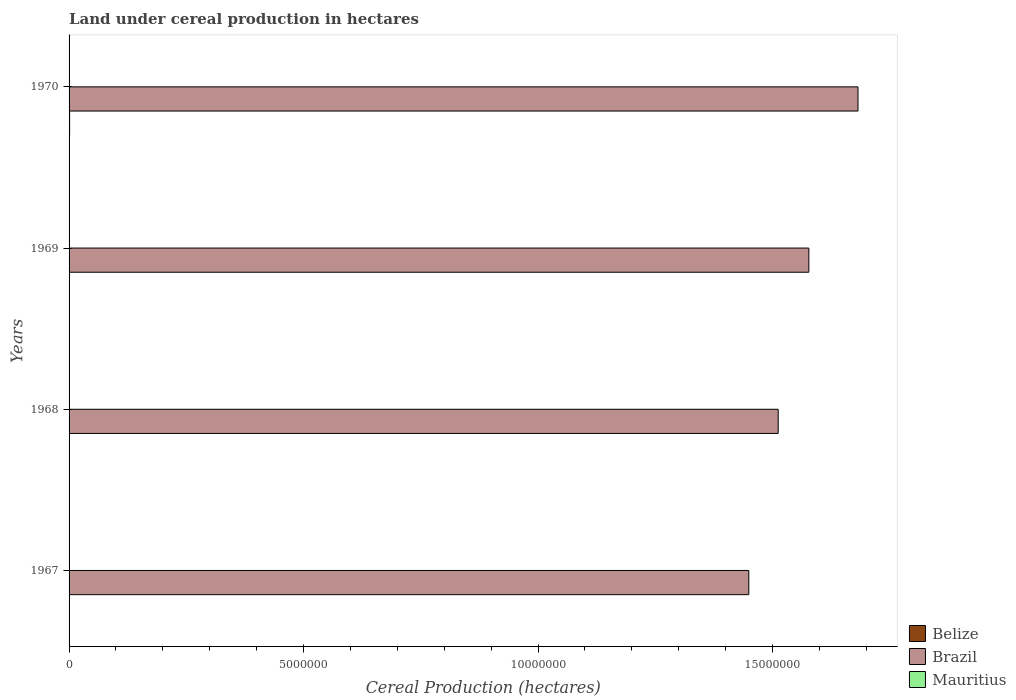
| Years | Belize | Brazil | Mauritius |
 | --- | --- | --- | --- |
 | 1967 | 8.1e+03 | 1.45e+07 | 268 |
 | 1968 | 8.41e+03 | 1.51e+07 | 205 |
 | 1969 | 8.78e+03 | 1.58e+07 | 446 |
 | 1970 | 1.19e+04 | 1.68e+07 | 517 |